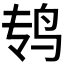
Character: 𱉏